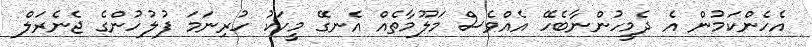
އެހެންކަމުން އެ ދެމީހުންނާބެހޭ އެއްވެސް މަލޫމާތެއް އެނގޭ މީހަކު ހުރިނަމަ ފުލުހުންގެ ޖެނެރަލް